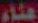
علاء